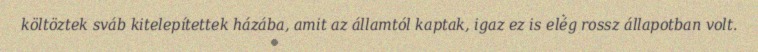
költöztek sváb kitelepítettek házába, amit az államtól kaptak, igaz ez is elég rossz állapotban volt.